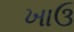
ખાઉ